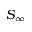
S _ { \infty }